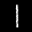
Label: 1